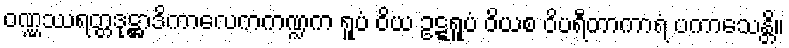
ဝဏ္ဏဿရတ္တဒုဋ္ဌာဒိကာလေကကဏ္ဍက ရူပံ ဝိယ ဥဋ္ဋရူပံ ဝိယစ ဝိပရီတာကာရံ ပကာသေန္တိ။